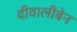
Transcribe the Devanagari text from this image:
दीवालीबेन